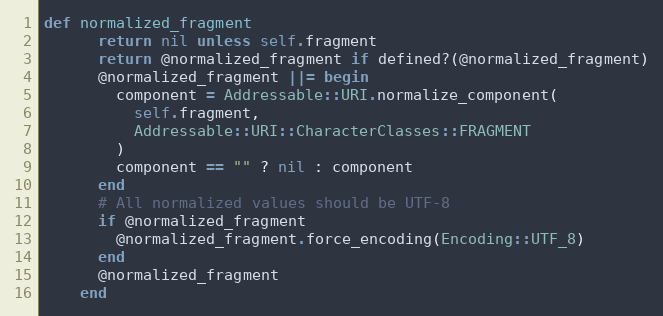
Language: Ruby
def normalized_fragment
      return nil unless self.fragment
      return @normalized_fragment if defined?(@normalized_fragment)
      @normalized_fragment ||= begin
        component = Addressable::URI.normalize_component(
          self.fragment,
          Addressable::URI::CharacterClasses::FRAGMENT
        )
        component == "" ? nil : component
      end
      # All normalized values should be UTF-8
      if @normalized_fragment
        @normalized_fragment.force_encoding(Encoding::UTF_8)
      end
      @normalized_fragment
    end